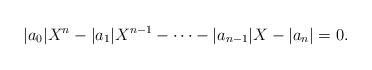
LaTeX: \begin{align*}|a_0|X^n-|a_1|X^{n-1}-\cdots-|a_{n-1}|X-|a_n|=0.\end{align*}